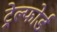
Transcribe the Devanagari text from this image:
ट्रेल्फोर्ड